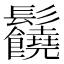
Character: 𩰈